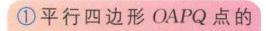
\textcircled{1}平行四边形\(OAPQ\)点的